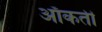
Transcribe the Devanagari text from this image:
आँकती